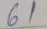
61